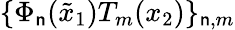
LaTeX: \{ \Phi_{\mathsf{n}}(\tilde{{x}}_{1})T_{m}(x_{2})\} _{\mathsf{n},m}